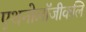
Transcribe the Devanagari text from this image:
एथनोलॉजीकलि